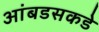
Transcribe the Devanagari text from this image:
आंबडसकडे